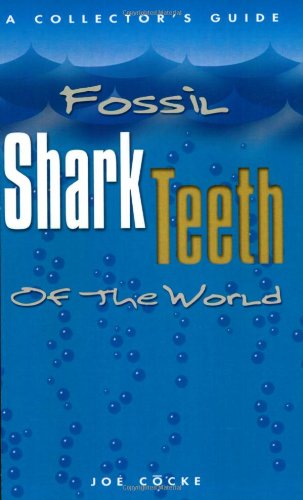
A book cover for Fossil Shark Teeth of the World; Joe Cocke; Science & Math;